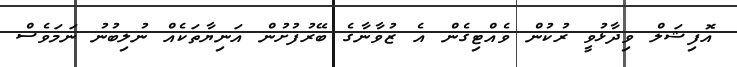
އޮފިޝަލް ވިދާޅުވީ ރުކުން ވެއްޓިގެން އެ ޒުވާނާގެ ބޭރުފުށުން އަނިޔާތަކެއް ނުލިބުނު ނަމަވެސް